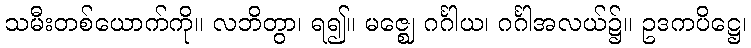
သမီးတစ်ယောက်ကို။ လဘိတွာ၊ ရ၍။ မဇ္ဈေ ဂင်္ဂါယ၊ ဂင်္ဂါအလယ်၌။ ဥဒကပိဋ္ဌေ၊